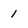
Character: 1